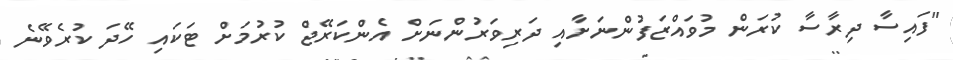
"ފައިސާ ދިރާސާ ކުރަން މުވައްޒަފުންނަށާއި ދަރިވަރުންނަށް އެންކަރޭޖް ކުރުމަށް ޓަކައި ހޭދަ ކުރެވޭނެ